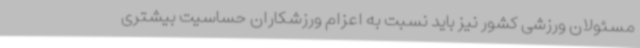
مسئولان ورزشی کشور نیز باید نسبت به اعزام ورزشکاران حساسیت بیشتری